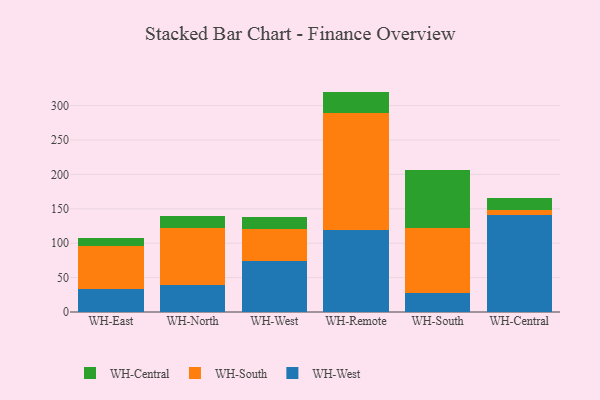
{"axis": {"x": "Warehouse", "y": "Headcount"}, "legend": ["WH-Central", "WH-South", "WH-West"], "data": [{"x": "WH-East", "y": 33.8, "type": "WH-West"}, {"x": "WH-East", "y": 62.2, "type": "WH-South"}, {"x": "WH-East", "y": 11.1, "type": "WH-Central"}, {"x": "WH-North", "y": 38.7, "type": "WH-West"}, {"x": "WH-North", "y": 83.5, "type": "WH-South"}, {"x": "WH-North", "y": 16.7, "type": "WH-Central"}, {"x": "WH-West", "y": 73.7, "type": "WH-West"}, {"x": "WH-West", "y": 47.1, "type": "WH-South"}, {"x": "WH-West", "y": 17.3, "type": "WH-Central"}, {"x": "WH-Remote", "y": 118.5, "type": "WH-West"}, {"x": "WH-Remote", "y": 170.1, "type": "WH-South"}, {"x": "WH-Remote", "y": 31.7, "type": "WH-Central"}, {"x": "WH-South", "y": 28.1, "type": "WH-West"}, {"x": "WH-South", "y": 94.4, "type": "WH-South"}, {"x": "WH-South", "y": 83.3, "type": "WH-Central"}, {"x": "WH-Central", "y": 140.7, "type": "WH-West"}, {"x": "WH-Central", "y": 8.0, "type": "WH-South"}, {"x": "WH-Central", "y": 17.0, "type": "WH-Central"}]}